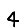
Digit: 4